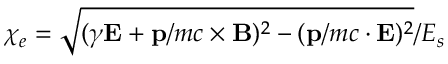
\chi _ { e } = \sqrt { ( \gamma { \bf { E } } + { \bf { p } } / m c \times { \bf { B } } ) ^ { 2 } - ( { \bf { p } } / m c \cdot { \bf { E } } ) ^ { 2 } } / E _ { s }